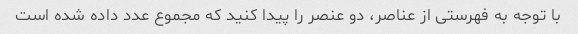
با توجه به فهرستی از عناصر، دو عنصر را پیدا کنید که مجموع عدد داده شده است